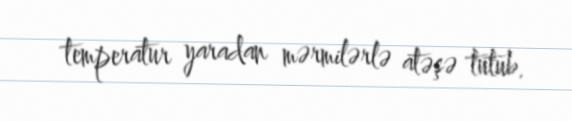
temperatur yaradan mərmilərlə atəşə tutub.